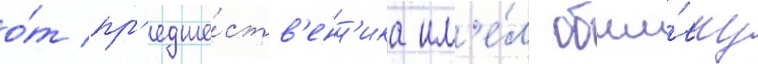
о́т пр'едше́ств'енн'ика им'е́л обши́вку